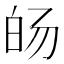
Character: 𰤓